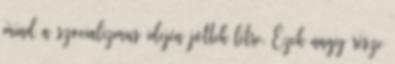
mind a szocializmus idején jöttek létre. Ezek nagy része